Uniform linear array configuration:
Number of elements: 8
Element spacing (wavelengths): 1
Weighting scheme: hann
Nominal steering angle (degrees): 45
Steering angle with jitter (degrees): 43.815
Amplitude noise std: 0.05
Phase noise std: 0.05

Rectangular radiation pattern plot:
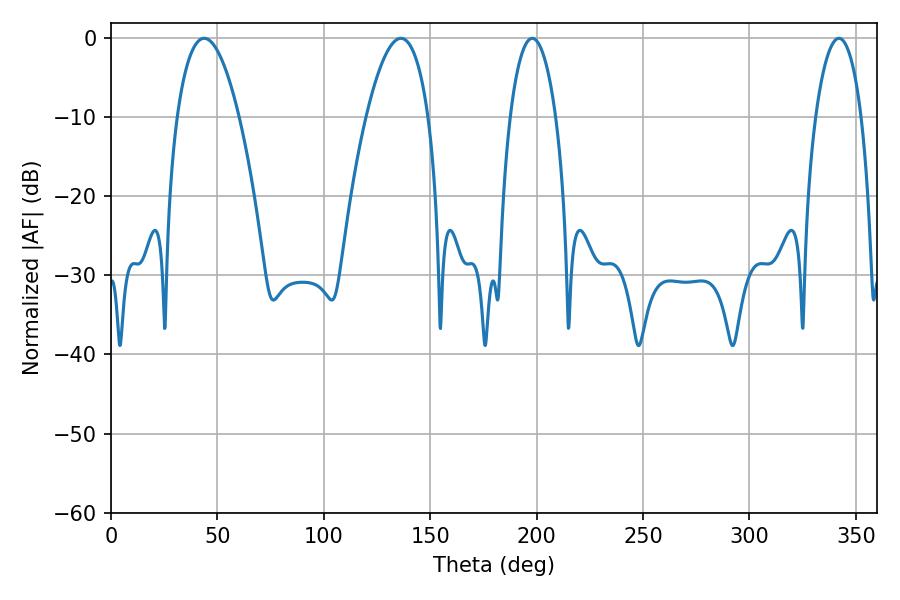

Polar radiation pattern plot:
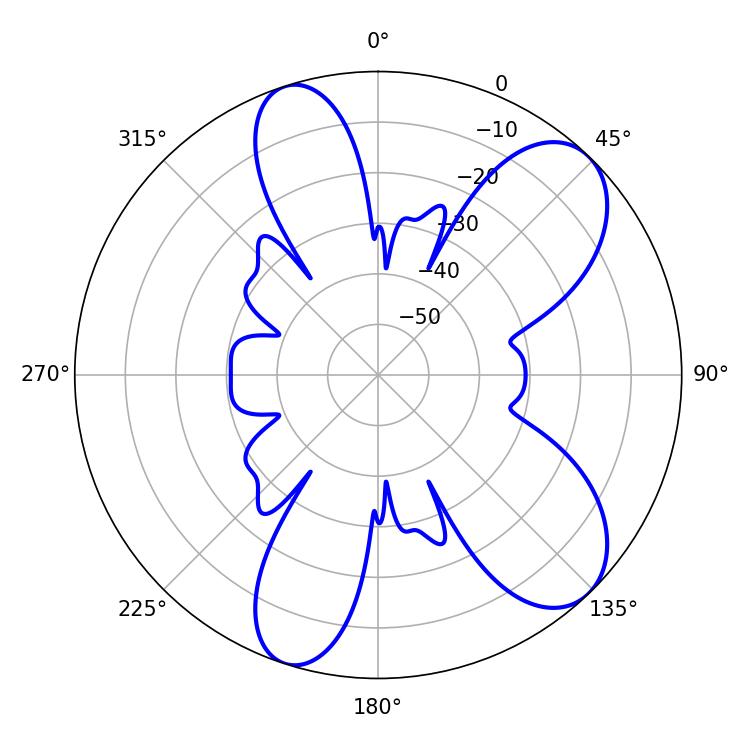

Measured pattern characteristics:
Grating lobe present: TRUE
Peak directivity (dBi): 8.507
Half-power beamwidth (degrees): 16.02
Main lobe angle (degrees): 43.74